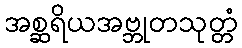
အစ္ဆရိယအဗ္ဘုတသုတ္တံ